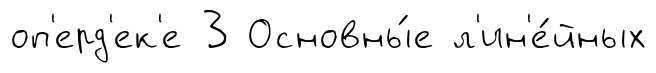
оп'ерд'ек'е 3 Основны́е л'ин'е́йных